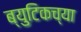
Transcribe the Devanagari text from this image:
ब्युटिकच्या